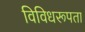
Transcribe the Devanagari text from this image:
विविधरूपता